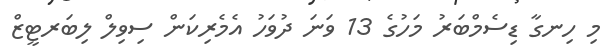
މި ހިނގާ ޑިސެމްބަރު މަހުގެ 13 ވަނަ ދުވަހު އެމެރިކަން ސިވިލް ލިބަރޓީޒް